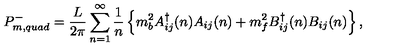
P _ { m , q u a d } ^ { - } = \frac { L } { 2 \pi } \sum _ { n = 1 } ^ { \infty } \frac { 1 } { n } \left\{ m _ { b } ^ { 2 } A _ { i j } ^ { \dag } ( n ) A _ { i j } ( n ) + m _ { f } ^ { 2 } B _ { i j } ^ { \dag } ( n ) B _ { i j } ( n ) \right\} ,